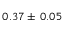
0 . 3 7 \pm \: 0 . 0 5